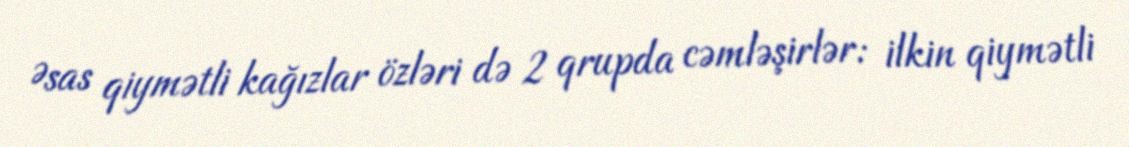
Əsas qiymətli kağızlar özləri də 2 qrupda cəmləşirlər: ilkin qiymətli